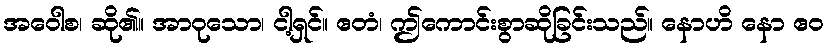
အဝေါစ၊ ဆို၏။ အာဝုသော၊ ငါ့ရှင်။ ဧတံ၊ ဤကောင်းစွာဆိုခြင်းသည်။ နောဟိ နော ဧဝ